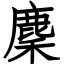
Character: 麇